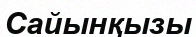
Сайынқызы